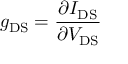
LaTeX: g _ { \mathrm { D S } } = { \frac { \partial I _ { \mathrm { D S } } } { \partial V _ { \mathrm { D S } } } }